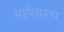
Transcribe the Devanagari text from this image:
भाषेवरच